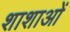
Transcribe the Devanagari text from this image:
शाशाओं